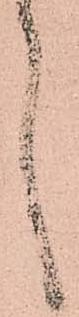
言